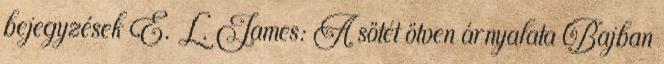
bejegyzések E. L. James: A sötét ötven árnyalata Bajban